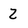
Character: 2